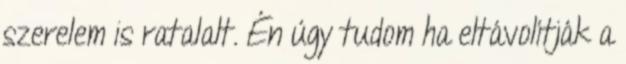
szerelem is ratalalt. Én úgy tudom ha eltávolítják a